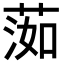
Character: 𦵙